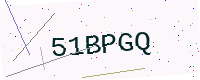
Text: 51BPGQ